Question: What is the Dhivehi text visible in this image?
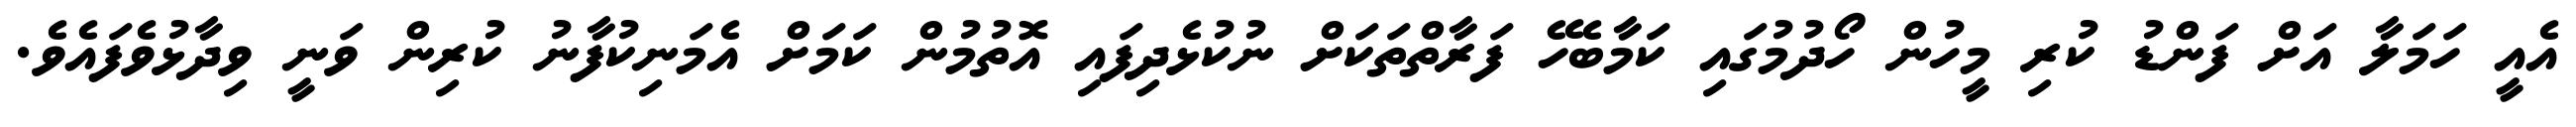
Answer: އެއީ ހަމަލާ އަށް ފަންޑު ކުރި މީހުން ހޯދުމުގައި ކަމާބެހޭ ފަރާތްތަކަށް ނުކުޅެދިފައި އޮތުމުން ކަމަށް އެމަނިކުފާނު ކުރިން ވަނީ ވިދާޅުވެފައެވެ.